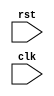
module synchronous_reset (
  input wire rst,
  input wire clk,
  // Other input/output declarations
);

reg [7:0] state;

always @(posedge rst) begin
  if (rst) begin
    state <= 8'b0; // Initialize state to 0
    // Other reset logic if needed
  end
end

// Other logic for the circuit

endmodule